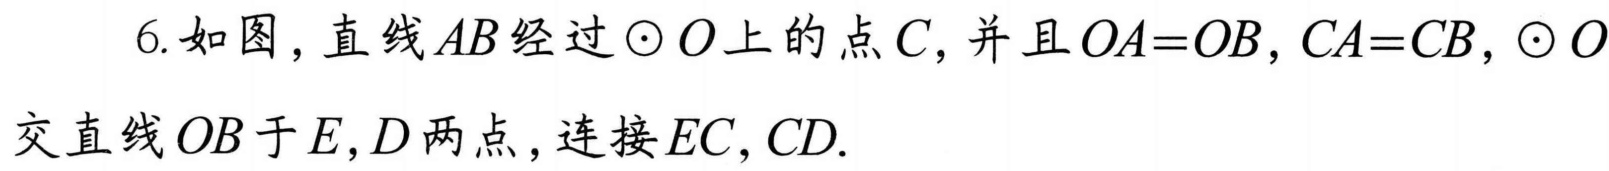
6. 如图，直线 \(AB\) 经过 \(\odot O\) 上的点 \(C\)，并且 \(OA = OB\)，\(CA = CB\)，\(\odot O\) 交直线 \(OB\) 于 \(E,D\) 两点，连接 \(EC,CD\).